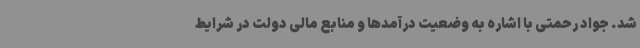
شد. جواد رحمتی با اشاره به وضعیت درآمدها و منابع مالی دولت در شرایط